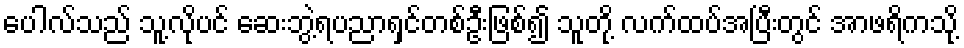
ပေါလ်သည် သူ့လိုပင် ဆေးဘွဲ့ရပညာရှင်တစ်ဦးဖြစ်၍ သူတို့ လက်ထပ်အပြီးတွင် အာဖရိကသို့